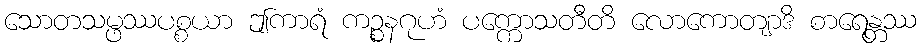
သောတသမ္ဖဿပစ္စယာ ဤကာရံ ကဉ္စနဂုဟံ ပက္ကောသတီတိ လောကောတျာဒိ စာရေန္တဿ